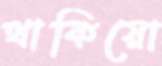
থাকিয়ো